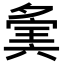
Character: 𡖷